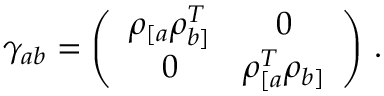
\gamma _ { a b } = \left( \begin{array} { c c } { { \rho _ { [ a } \rho _ { b ] } ^ { T } } } & { { 0 } } \\ { { 0 } } & { { \rho _ { [ a } ^ { T } \rho _ { b ] } } } \end{array} \right) \, .